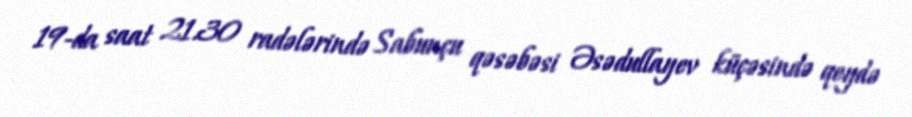
19-da saat 21.30 radələrində Sabunçu qəsəbəsi Əsədullayev küçəsində qeydə